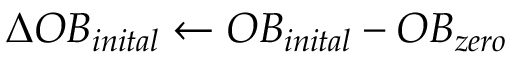
\Delta O B _ { i n i t a l } \leftarrow O B _ { i n i t a l } - O B _ { z e r o }